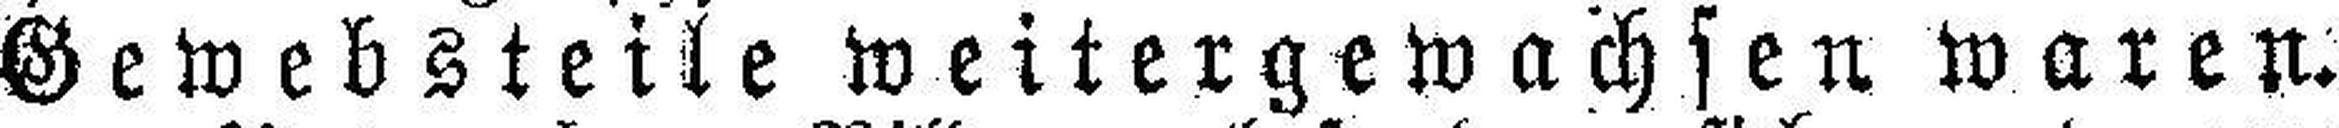
Gewebsteile weitergewachsen waren.